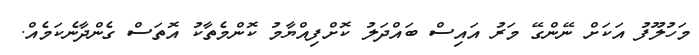
މަހުލޫފު އަކަށް ނޭންގޭ މަރު އައިސް ބައްދަލު ކޮށްފިއްޔާމު ކޮންމެތާކު އޮތަސް ގެންދާނެކަމެއް.